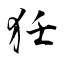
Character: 狅